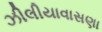
ઝીલીયાવાસણા